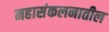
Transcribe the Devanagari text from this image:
महासंकलनातील